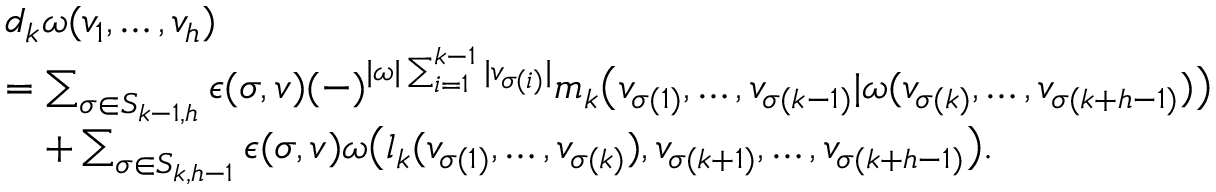
\begin{array} { r l } & { \mathfrak d _ { k } \omega ( v _ { 1 } , \ldots , v _ { h } ) } \\ & { = \sum _ { \sigma \in S _ { k - 1 , h } } \epsilon ( \sigma , v ) ( - ) ^ { | \omega | \sum _ { i = 1 } ^ { k - 1 } | v _ { \sigma ( i ) } | } \mathfrak m _ { k } \big ( v _ { \sigma ( 1 ) } , \ldots , v _ { \sigma ( k - 1 ) } | \omega ( v _ { \sigma ( k ) } , \ldots , v _ { \sigma ( k + h - 1 ) } ) \big ) } \\ & { \quad + \sum _ { \sigma \in S _ { k , h - 1 } } \epsilon ( \sigma , v ) \omega \big ( \mathfrak l _ { k } ( v _ { \sigma ( 1 ) } , \ldots , v _ { \sigma ( k ) } ) , v _ { \sigma ( k + 1 ) } , \ldots , v _ { \sigma ( k + h - 1 ) } \big ) . } \end{array}